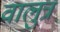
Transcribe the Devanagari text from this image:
वालुत्र